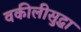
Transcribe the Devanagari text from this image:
वकीलीसुद्धा